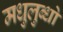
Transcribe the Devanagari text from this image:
मधुलुब्धो